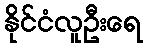
နိုင်ငံလူဦးရေ